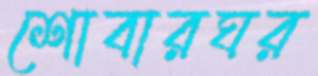
শোবারঘর